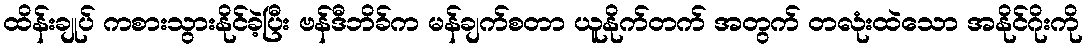
ထိန်းချုပ် ကစားသွားနိုင်ခဲ့ပြီး ဗန်ဒီဘိခ်က မန်ချက်စတာ ယူနိုက်တက် အတွက် တလုံးထဲသော အနိုင်ဂိုးကို